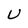
Character: U